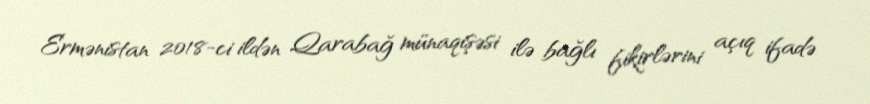
Ermənistan 2018-ci ildən Qarabağ münaqişəsi ilə bağlı fikirlərini açıq ifadə